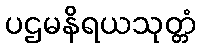
ပဌမနိရယသုတ္တံ